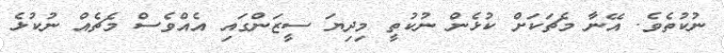
ނުކުތެވެ. އޭނާ މެޗަކަށް ކުޅެން ނުކުތީ މިދިޔަ ސީޒަންގައި އެއްވެސް މެޗެއް ނުކުޅެ